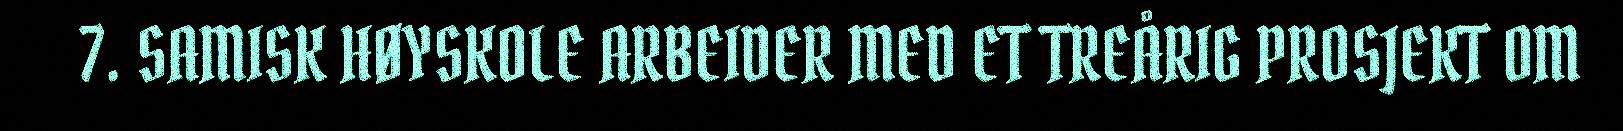
7. SAMISK HØYSKOLE ARBEIDER MED ET TREÅRIG PROSJEKT OM